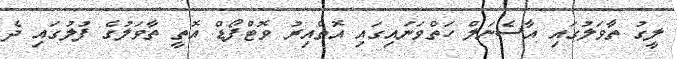
ލީގު ތާވަލުގައި އާސެނަލް ހަތްވަނައިގައި އޮތްއިރު ވޮޓްފޯޑް އޮތީ ތާވަލުގެ ފުލުގައި ދެ